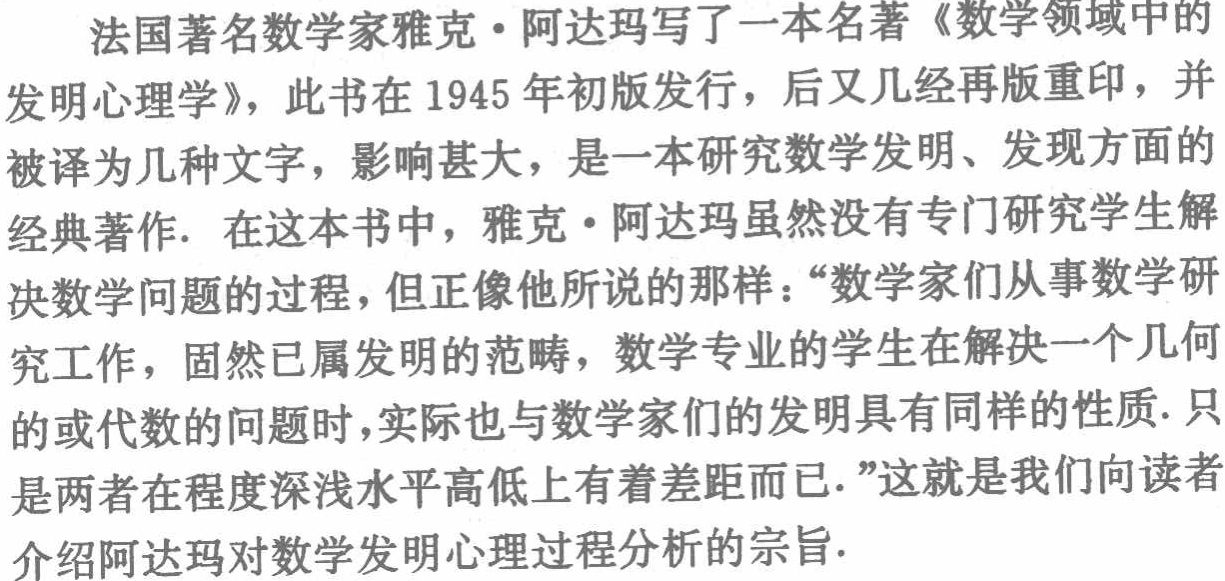
法国著名数学家雅克·阿达玛写了一本名著《数学领域中的

发明心理学》，此书在1945年初版发行，后又几经再版重印，并

被译为几种文字，影响甚大，是一本研究数学发明、发现方面的

经典著作. 在这本书中，雅克·阿达玛虽然没有专门研究学生解

决数学问题的过程，但正像他所说的那样：“数学家们从事数学研

究工作，固然已属发明的范畴，数学专业的学生在解决一个几何

的或代数的问题时，实际也与数学家们的发明具有同样的性质. 只

是两者在程度深浅水平高低上有着差距而已.”这就是我们向读者

介绍阿达玛对数学发明心理过程分析的宗旨.